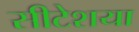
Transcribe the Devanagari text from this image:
सीटेशया